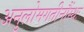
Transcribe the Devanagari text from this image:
अनुलोमगतीनौंस्थः